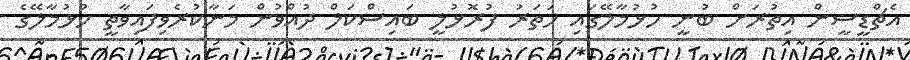
އެޗްޑީސީން އިތުރަށް ބުނީ ހުޅުމާލޭގައި ހަތަރު ފުރޮޅުލީ ބައިސްކަލް ދުއްވުން މަނާކުރެވިފައިވާތީ ހުޅުމާލޭގެ